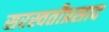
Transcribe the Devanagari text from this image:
सरस्वतीप्रसाद